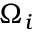
\Omega _ { i }